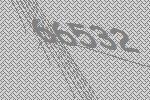
66532